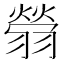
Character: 䎕